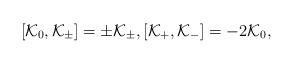
LaTeX: \begin{align*} [\mathcal{K}_0,\mathcal{K}_{\pm}] = \pm \mathcal{K}_{\pm}, [\mathcal{K}_+,\mathcal{K}_-] = -2\mathcal{K}_0, \end{align*}